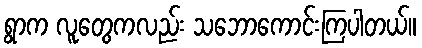
ရွာက လူတွေကလည်း သဘောကောင်းကြပါတယ်။